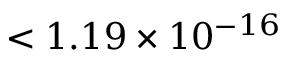
< 1 . 1 9 \times 1 0 ^ { - 1 6 }